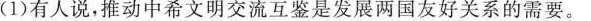
(1)有人说，推动中希文明交流互鉴是发展两国友好关系的需要。